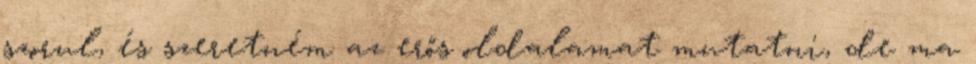
szorul, és szeretném az erős oldalamat mutatni, de ma